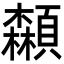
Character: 𩕌